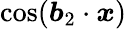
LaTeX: \cos(\boldsymbol b_{2}\cdot\boldsymbol x)